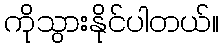
ကိုသွားနိုင်ပါတယ်။